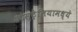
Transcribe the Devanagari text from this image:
ओस्ट्रेलियामध्ये